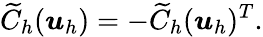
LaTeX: \widetilde{C}_{h}(\boldsymbol{u}_{h})=-\widetilde{C}_{h}(\boldsymbol{u}_{h})^{T}.